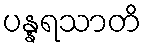
ပန္နရသာတိ